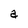
Character: a